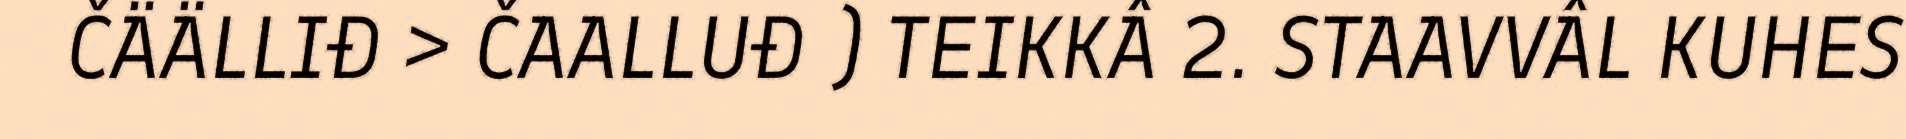
ČÄÄLLIĐ > ČAALLUĐ ) TEIKKÂ 2. STAAVVÂL KUHES